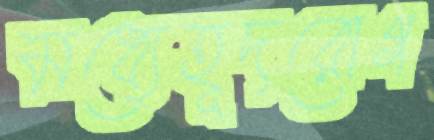
মধ্যেহূদরোগ